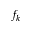
f _ { k }